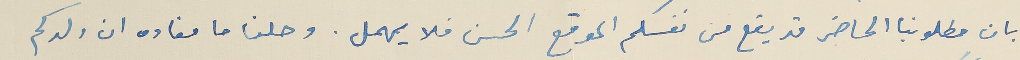
بان مطلوبنا الحاضر قد يقع من نفسكم الموقع الحسن فلا يهمل. وصلنا ما مفاده ان ولدكم